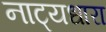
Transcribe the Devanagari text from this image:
नाट्यधारा